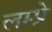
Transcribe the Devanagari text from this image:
लम्प्रे